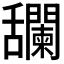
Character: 𦧼